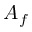
A _ { f }